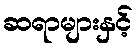
ဆရာများနှင့်